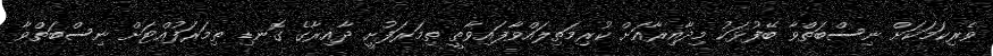
ވެރިކަމަކަށް ނިސްބަތްވާ ބޭފުޅަކު މިދާއިރާއަށް ކުރިމަތިލައްވާފައިވާތީ ތިމަރަފުށީ ދާއިރާގެ ގޮނޑި ތިމަރަފުއްޓަށް ނިސްބަތްވާ